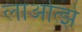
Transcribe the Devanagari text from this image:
लाओत्झे